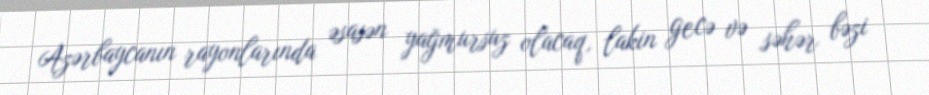
Azərbaycanın rayonlarında əsasən yağmursuz olacaq, lakin gecə və səhər bəzi